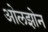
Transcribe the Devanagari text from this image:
ओलझोन